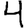
Digit: 4